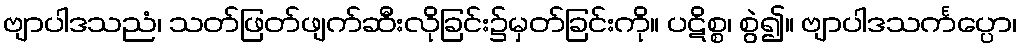
ဗျာပါဒသညံ၊ သတ်ဖြတ်ဖျက်ဆီးလိုခြင်း၌မှတ်ခြင်းကို။ ပဋိစ္စ၊ စွဲ၍။ ဗျာပါဒသင်္ကပ္ပော၊